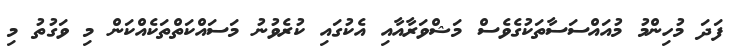
ފަދަ މުހިންމު މުއައްސަސާތަކުގެވެސް މަޝްވަރާއާއި އެކުގައި ކުރެވުނު މަސައްކަތްތަކެއްކަން މި ވަގުތު މި